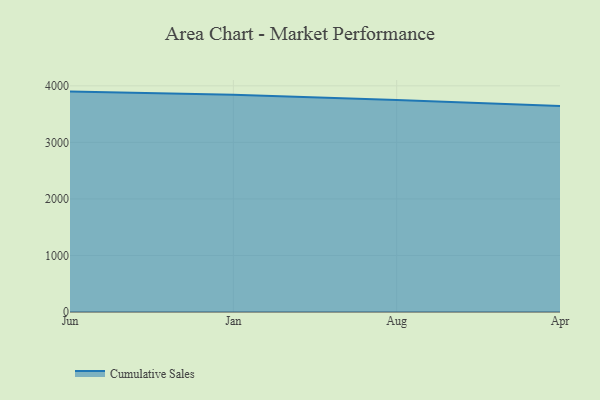
{"axis": {"x": "Month", "y": "Temperature (°C)"}, "legend": ["Cumulative Sales"], "data": [{"x": "Jun", "y": 3897.5, "type": "Cumulative Sales"}, {"x": "Jan", "y": 3841.4, "type": "Cumulative Sales"}, {"x": "Aug", "y": 3750.1, "type": "Cumulative Sales"}, {"x": "Apr", "y": 3640.8, "type": "Cumulative Sales"}]}